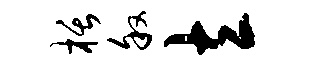
栝叙立